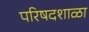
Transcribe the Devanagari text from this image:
परिषदशाळा